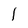
Character: 1